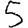
Digit: 5